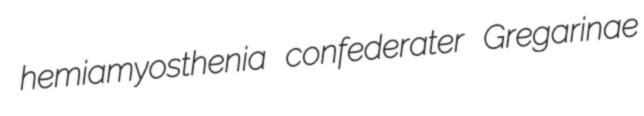
hemiamyosthenia confederater Gregarinae